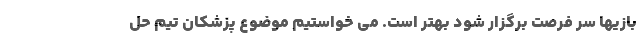
بازیها سر فرصت برگزار شود بهتر است. می خواستیم موضوع پزشکان تیم حل